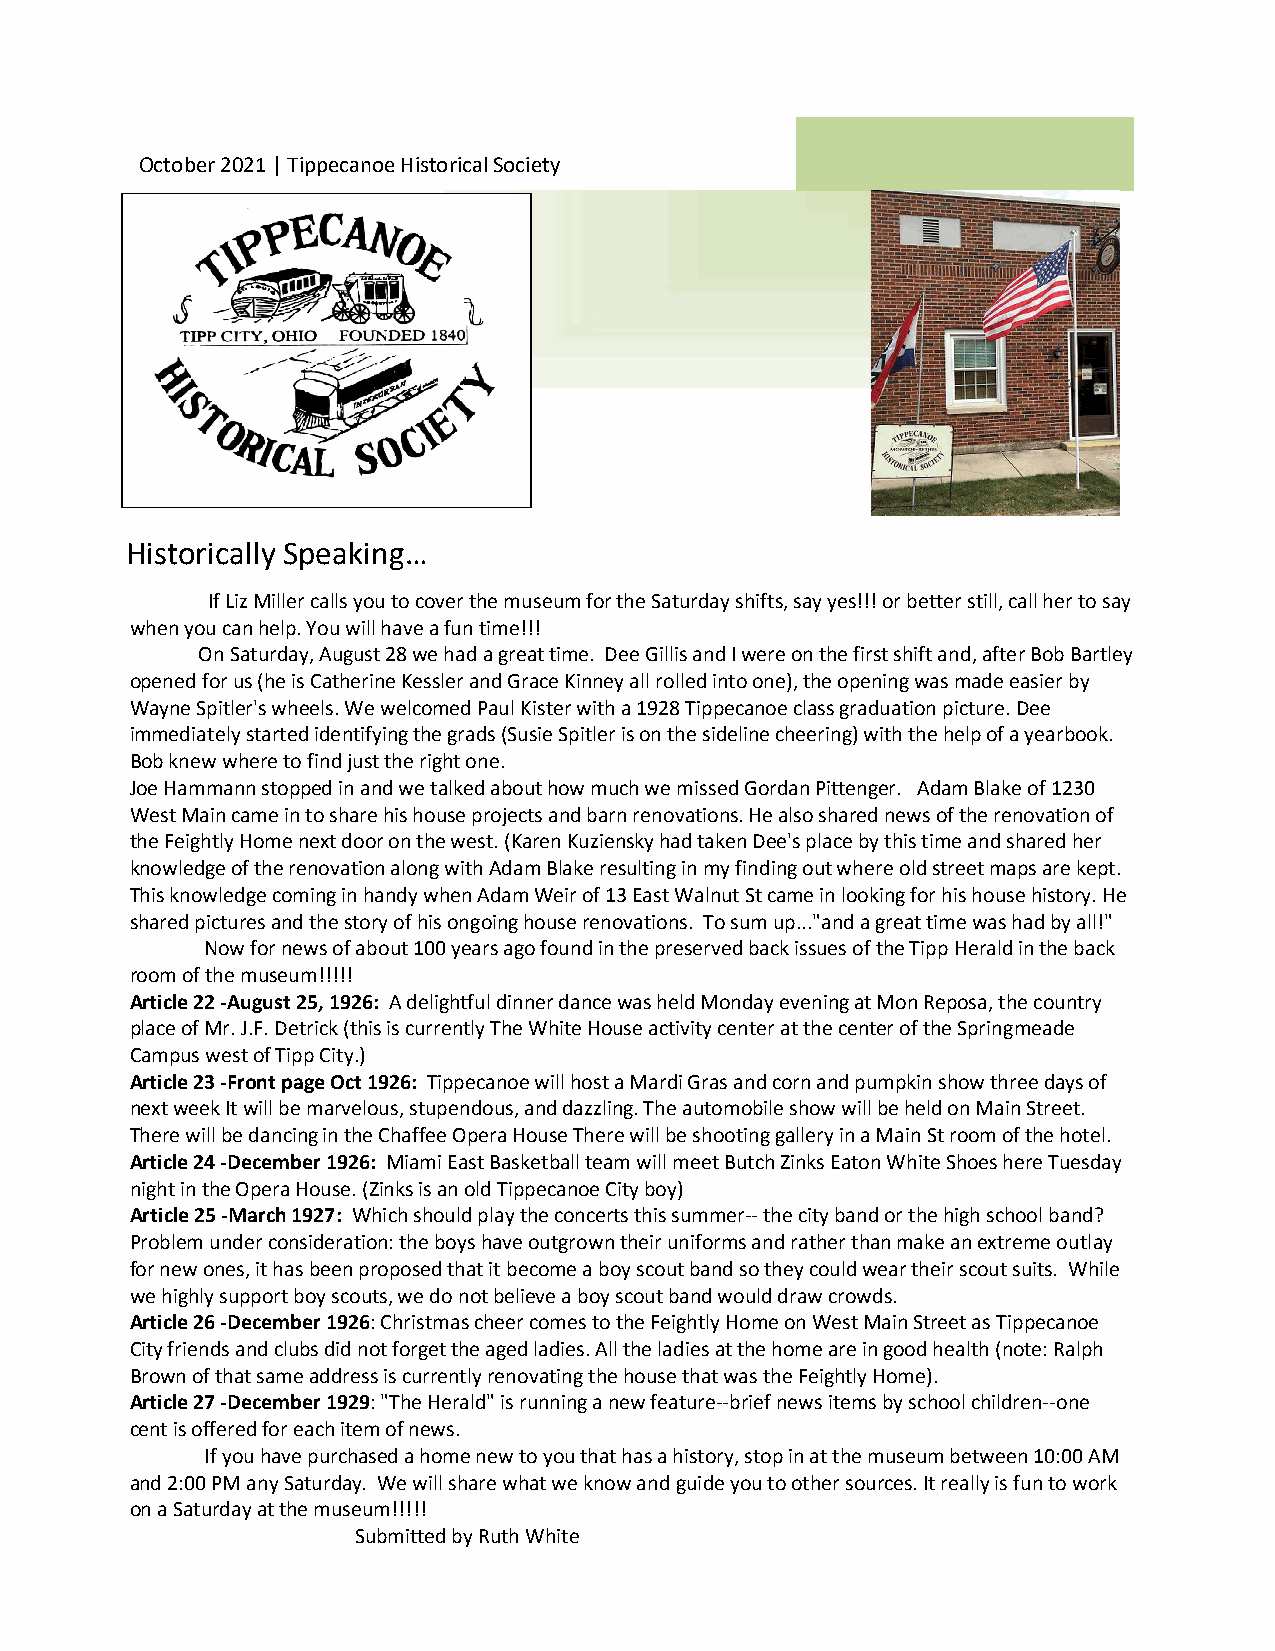
October 2021 | Tippecanoe Historical Society
 Historically Speaking…
 If Liz Miller calls you to cover the museum for the Saturday shifts, say yes!!! or better still, call her to say
 when you can help. You will have a fun time!!!
 On Saturday, August 28 we had a great time. Dee Gillis and I were on the first shift and, after Bob Bartley
 opened for us (he is Catherine Kessler and Grace Kinney all rolled into one), the opening was made easier by
 W ayne Spitler's wheels. We welcomed Paul Kister with a 1928 Tippecanoe cla ss graduation picture. Dee
 immediately started identifying the grads (Susie Spitler is on the sideline cheering) with the help of a yearbook.
 Bob knew where to find just the right one.
 Joe Hammann stopped in and we talked about how much we missed Gordan Pittenger. Adam Blake of 1230
 West Main came in to share his house projects and barn renovations. He also shared news of the renovation of
 the Feightly Home next door on the west. (Karen Kuziensky had taken Dee's place by this time and shared her
 knowledge of the renovation along with Adam Blake resulting in my finding out where old street maps are kept.
 This knowledge coming in handy when Adam Weir of 13 East Walnut St came in looking for his house history. He
 shared pictures and the story of his ongoing house renovations. To sum up..."and a great time was had by all!"
 Now for news of about 100 years ago found in the preserved back issues of the Tipp Herald in the back
 room of the museum!!!!!
 Article 22 -August 25, 1926: A delightful dinner dance was held Monday evening at Mon Reposa, the country
 place of Mr. J.F. Detrick (this is currently The White House activity center at the center of the Springmeade
 Campus west of Tipp City.)
 Article 23 -Front page Oct 1926: Tippecanoe will host a Mardi Gras and corn and pumpkin show three days of
 next week It will be marvelous, stupendous, and dazzling. The automobile show will be held on Main Street.
 There will be dancing in the Chaffee Opera House There will be shooting gallery in a Main St room of the hotel.
 Article 24 -December 1926: Miami East Basketball team will meet Butch Zinks Eaton White Shoes here Tuesday
 night in the Opera House. (Zinks is an old Tippecanoe City boy)
 Article 25 -March 1927: Which should play the concerts this summer-- the city band or the high school band?
 Problem under consideration: the boys have outgrown their uniforms and rather than make an extreme outlay
 fo r new ones, it has been proposed that it become a boy scout band so they could wear their scout suits. While
 we highly support boy scouts, we do not believe a boy scout band would draw crowds.
 Article 26 -December 1926: Christmas cheer comes to the Feightly Home on West Main Street as Tippecanoe
 City friends and clubs did not forget the aged ladies. All the ladies at the home are in good health (note: Ralph
 Brown of that same address is currently renovating the house that was the Feightly Home).
 Article 27 -December 1929: "The Herald" is running a new feature--brief news items by school children--one
 cent is offered for each item of news.
 If you have purchased a home new to you that has a history, stop in at the museum between 10:00 AM
 and 2:00 PM any Saturday. We will share what we know and guide you to other sources. It really is fun to work
 on a Saturday at the museum!!!!!
 Submitted by Ruth White